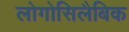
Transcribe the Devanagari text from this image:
लोगोसिलैबिक